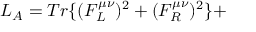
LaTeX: L _ { A } = T r \{ ( F _ { L } ^ { \mu \nu } ) ^ { 2 } + ( F _ { R } ^ { \mu \nu } ) ^ { 2 } \} +